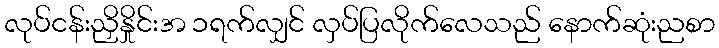
လုပ်ငန်းညှိနှိုင်းအ ၁ရက်လျှင် လှပ်ပြလိုက်လေသည် နောက်ဆုံးညစာ